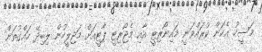
މަސީހު އެކަން ކުރައްވަނީ މައިނޯރިޓީ އާއި މެޖޯރިޓީ ޕާޓީއަށް މަޖިލީހުން ލިބިދޭ ހައްގުތަށް